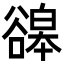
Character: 䜰